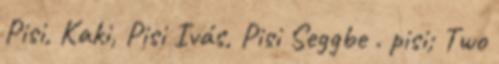
Pisi, Kaki, Pisi Ivás, Pisi Seggbe . pisi; Two